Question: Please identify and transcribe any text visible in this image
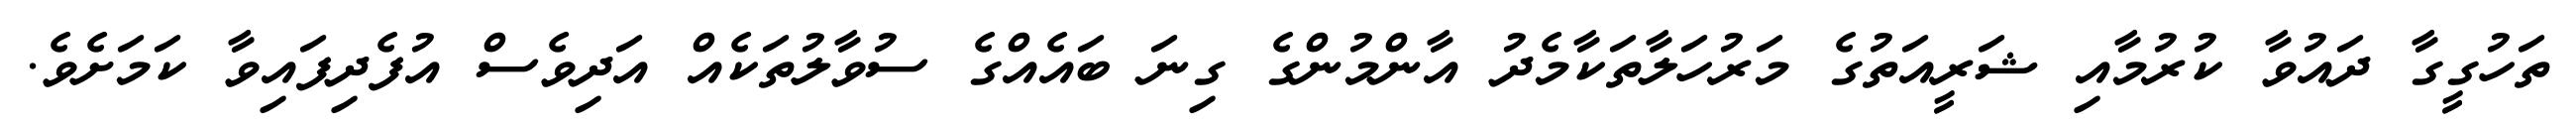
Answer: ތަހުގީގާ ދައުވާ ކުރުމާއި ޝަރީއަތުގެ މަރުހަލާތަކާމެދު އާންމުންގެ ގިނަ ބައެއްގެ ސުވާލުތަކެއް އަދިވެސް އުފެދިފައިވާ ކަމަށެވެ.